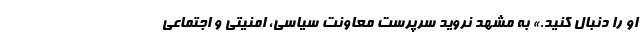
او را دنبال کنید.» به مشهد نروید سرپرست معاونت سیاسی، امنیتی و اجتماعی